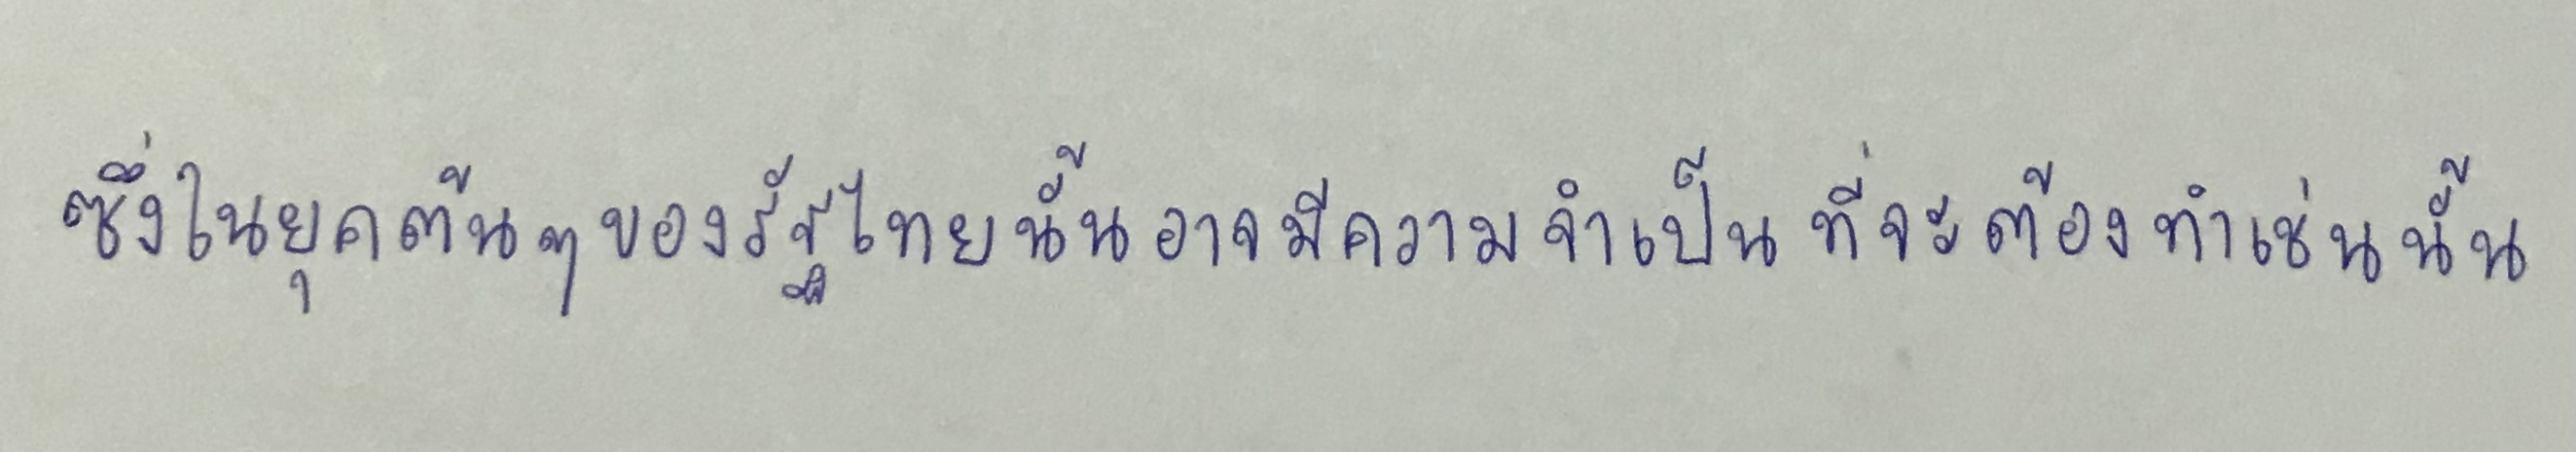
ซึ่งในยุคต้นๆของรัฐไทยนั้นอาจมีความจำเป็นที่จะต้องทำเช่นนั้น